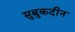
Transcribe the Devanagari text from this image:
सुबुकदीन